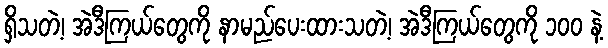
ရှိသတဲ့၊ အဲဒီကြယ်တွေကို နာမည်ပေးထားသတဲ့၊ အဲဒီကြယ်တွေကို ၁၀၀ နဲ့